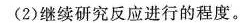
(2)继续研究反应进行的程度。